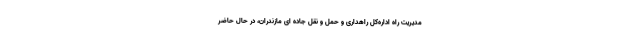
مدیریت راه اداره‌کل راهداری و حمل و نقل جاده ای مازندران، در حال حاضر